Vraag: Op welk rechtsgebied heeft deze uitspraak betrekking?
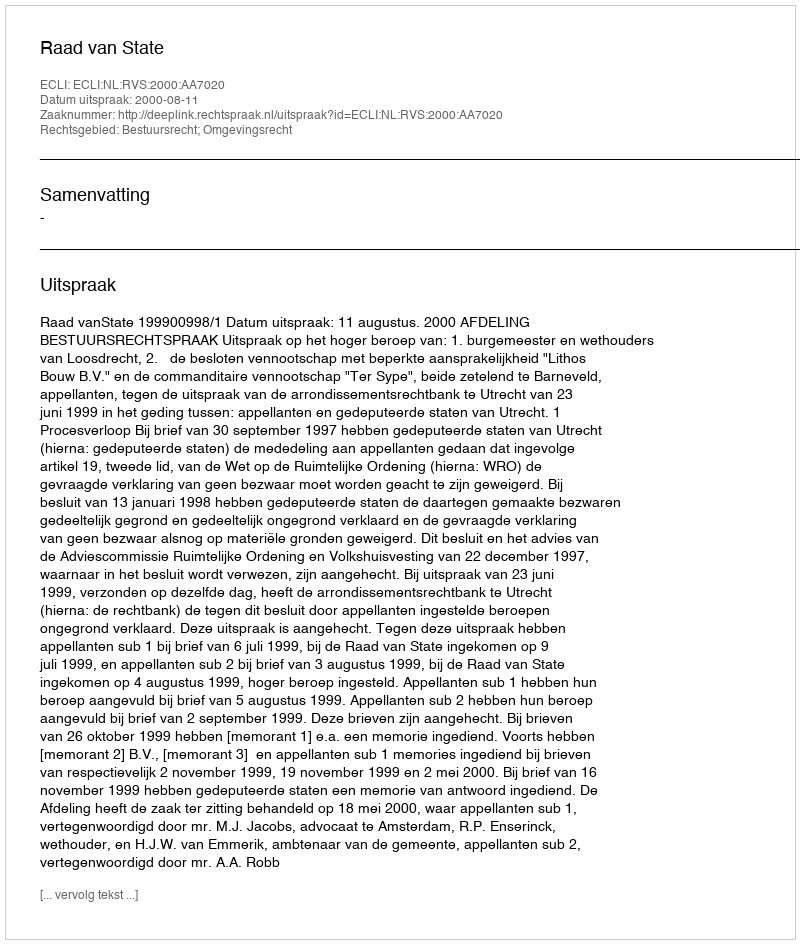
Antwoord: Bestuursrecht; Omgevingsrecht